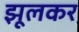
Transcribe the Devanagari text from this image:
झूलकर